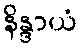
နိန္ဒာယံ